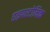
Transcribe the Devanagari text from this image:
हाइपरटोनिक